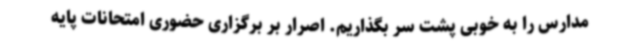
مدارس را به خوبی پشت سر بگذاریم. اصرار بر برگزاری حضوری امتحانات پایه